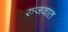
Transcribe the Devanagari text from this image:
रुजवात